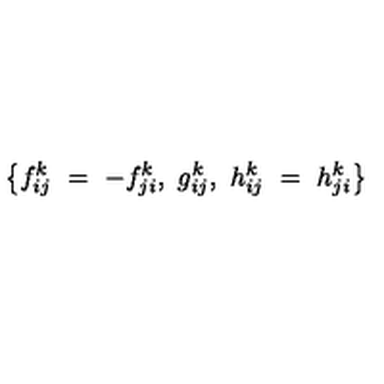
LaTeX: \left\{ f _ { i j } ^ { k } \ = \ - f _ { j i } ^ { k } , \ g _ { i j } ^ { k } , \ h _ { i j } ^ { k } \ = \ h _ { j i } ^ { k } \right\}